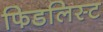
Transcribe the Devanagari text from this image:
फिडलिस्ट